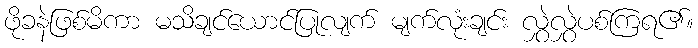
ဖိုခနဲဖြစ်မိကာ မသိချင်ယောင်ပြုလျက် မျက်လုံးချင်း လွှဲလွှဲပစ်ကြရ၏။